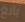
بانغ